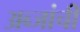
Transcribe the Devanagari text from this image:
अब्जांची